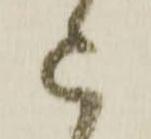
被